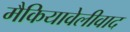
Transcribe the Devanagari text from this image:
मैकियावेलीवाद